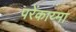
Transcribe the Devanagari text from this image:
परेंकाय्मा